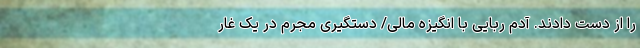
را از دست دادند. آدم ربایی با انگیزه مالی/ دستگیری مجرم در یک غار